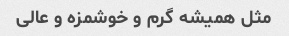
مثل همیشه گرم و خوشمزه و عالی